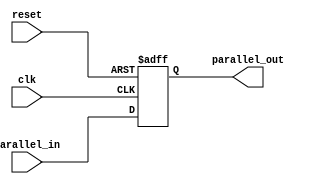
module PIPORegister #(parameter N=4) (
  input clk,
  input reset,
  input [N-1:0] parallel_in,
  output [N-1:0] parallel_out
);
  reg [N-1:0] shift_register;
  always @(posedge clk or posedge reset) begin
    if (reset)
      shift_register <= 0;
    else
      shift_register <= parallel_in;
  end
  assign parallel_out = shift_register;
endmodule